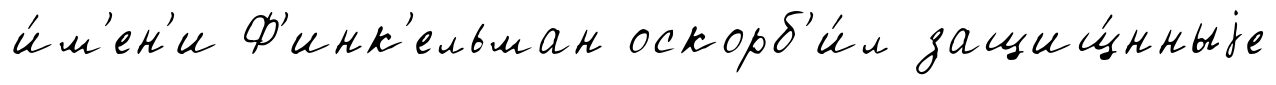
и́м'ен'и Ф'инк'ельман оскорб'и́л защищ́нныjе